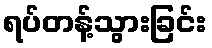
ရပ်တန့်သွားခြင်း